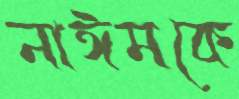
নাঈমকে